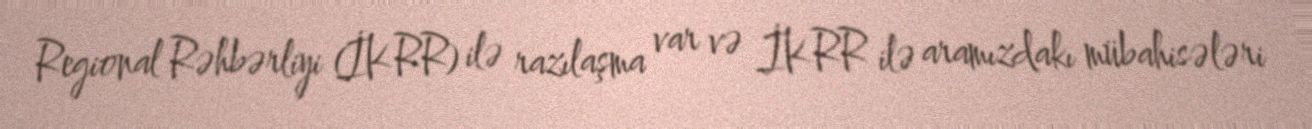
Regional Rəhbərliyi (İKRR) ilə razılaşma var və İKRR ilə aramızdakı mübahisələri